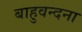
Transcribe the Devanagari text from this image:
बाहुवन्दना